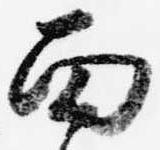
面